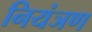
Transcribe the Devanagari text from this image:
नियंञण